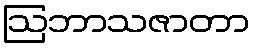
ဩဘာသဇာတာ